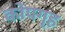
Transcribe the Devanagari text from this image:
कोपगृह